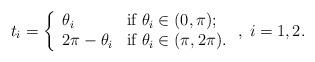
LaTeX: \begin{align*}t_i = \left\{ \begin{array}{ll} \theta_i & \mbox{if $\theta_i\in(0,\pi)$};\\ 2\pi-\theta_i & \mbox{if $\theta_i\in(\pi,2\pi)$}.\end{array} \right.,\;i=1,2.\end{align*}